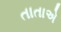
તાતાએ